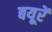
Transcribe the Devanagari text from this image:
बयूरें